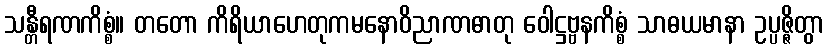
သန္တီရဏကိစ္စံ။ တတော ကိရိယာဟေတုကမနောဝိညာဏဓာတု ဝေါဋ္ဌဗ္ဗနကိစ္စံ သာဓယမာနာ ဥပ္ပဇ္ဇိတွာ